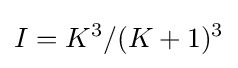
I=K^{3}/(K+1)^{3}